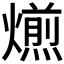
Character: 𤐄